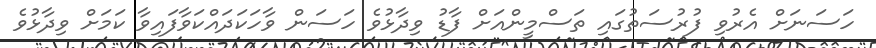
ހަސަނަށް އެރުވި ފުރުސަތުގައި ތަސްމީންއަށް ފާޑު ވިދާޅުވެ ހަސަން ވާހަކަދައްކަވާފައިވާ ކަމަށް ވިދާޅުވެ